Civil Veterinary Dept. Bombay admin report 1907-1913 - 1907-1913
Year: 1907
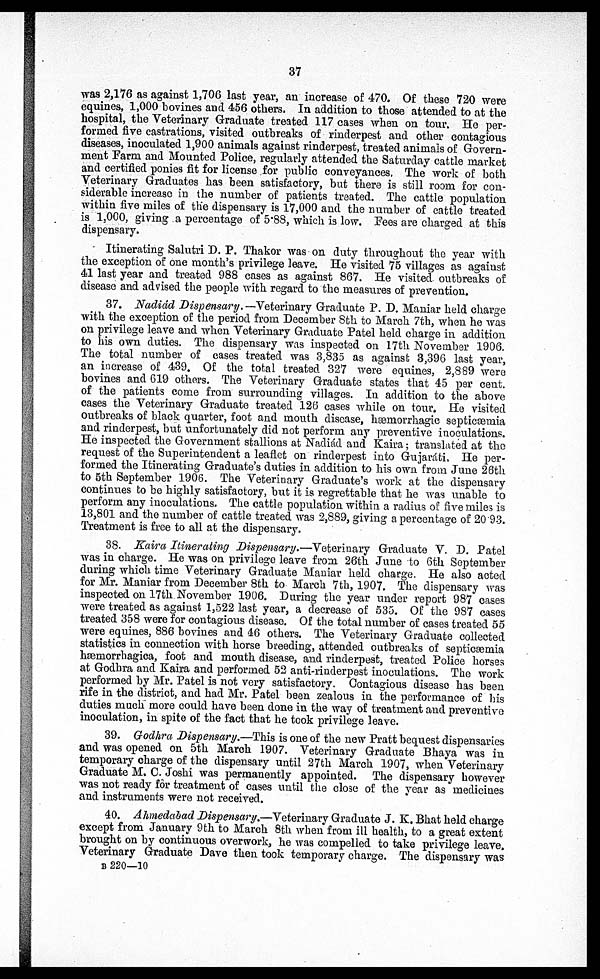
37
was 2,176 as against 1,706 last year, an increase of 470. Of these 720 were
equines, 1,000 bovines and 456 others. In addition to those attended to at the
hospital, the Veterinary Graduate treated 117 cases when on tour. He per-
formed five castrations, visited outbreaks of rinderpest and other contagious
diseases, inoculated 1,900 animals against rinderpest, treated animals of Govern-
ment Farm and Mounted Police, regularly attended the Saturday cattle market
and certified ponies fit for license for public conveyances, The work of both
Veterinary Graduates has been satisfactory, but there is still roam for con-
siderable increase in the number of patients treated. The cattle population
within five miles of the dispensary is 17,000 and the number of cattle treated
is 1,000, giving a percentage of 5.88, which is low. Fees are charged at this
dispensary.
Itinerating Salutri D. P. Thakor was on duty throughout the year with
the exception of one month's privilege leave. He visited 75 villages as against
41 last year and treated 988 cases as against 867. He visited outbreaks of
disease and advised the people with regard to the measures of prevention.
37. Nadiád Dispensary.--Veterinary Graduate P. D. Maniar held charge
with the exception of the period from December 8th to March 7th, when he was
on privilege leave and when Veterinary Graduate Patel held charge in addition
to his own duties. The dispensary was inspected on 17th November 1906.
The total number of cases treated was 3,835 as against 3,396 last year,
an increase of 439. Of the total treated 327 were equines, 2,889 were
bovines and 619 others. The Veterinary Graduate states that 45 per cent.
of the patients come from surrounding villages. In addition to the above
cases the Veterinary Graduate treated 126 cases while on tour. He visited
outbreaks of black quarter, foot and mouth discase, hæmorrhagic septicæmia
and rinderpest, but unfortunately did not perform any preventive inoculations.
He inspected the Government stallions at Nadiád and Kaira; translated at the
request of the Superintendent a leaflet on rinderpest into Gujaráti, He per-
formed the Itinerating Graduate's duties in addition to his own from June 26th
to 5th September 1906. The Veterinary Graduate's work at the dispensary
continues to be highly satisfactory, but it is regrettable that he was unable to
perform any inoculations. The cattle population within a radius of: five miles is
13,801 and the number of cattle treated was 2,889, giving a percentage of 20.93.
Treatment is free to all at the dispensary.
38. Kaira Itinerating Dispensary.—Veterinary Graduate V. D. Patel
was in charge. He was on privilege leave from 26th June to 6th September
during which time Veterinary Graduate Maniar held charge, He also acted
for Mr. Maniar from December 8th to March 7th, 1907. The dispensary was
inspected on 17th November 1906. During the year under report 987 cases
were treated as against 1,522 last year, a decrease of 535. Of the 987 cases
treated 358 were for contagious disease. Of the total number of cases treated 55
were equines, 886 bovines and 46 others. The Veterinary Graduate collected
statistics in connection with horse breeding, attended outbreaks of septicæmia
hæniorrhagica, foot and mouth disease, and rinderpest, treated Police horses
at Godhra and Kaira and performed 52 anti-rinderpest inoculations. The work
performed by Mr. Patel is not very satisfactory. Contagious disease has been
rife in the district, and had Mr. Patel been zealous in the performance of his
duties much more could have been done in the way of treatment and preventive
inoculation, in spite of the fact that he took privilege leave.
39. Godhra Dispensary.—This is one of the new Pratt bequest dispensaries
and was opened on 5th March 1907. Veterinary Graduate Bhaya was in
temporary charge of the dispensary until 27th March 1907, when Veterinary
Graduate M. C. Joshi was permanently appointed. The dispensary however
was not ready for treatment of cases until the close of the year as medicines
and instruments were not received.
40. Ahmedabad Dispensary.—Veterinary Graduate J. K. Bhat held charge
except from January 9th to March 8th when from ill health, to a great extent
brought on by continuous overwork, he was compelled to take privilege leave.
Veterinary Graduate Dave then took temporary charge. The dispensary was
B 220—10